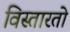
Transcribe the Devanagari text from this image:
विस्तारतो